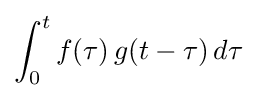
\int _{0}^{t}f(\tau )\,g(t-\tau )\,d\tau \